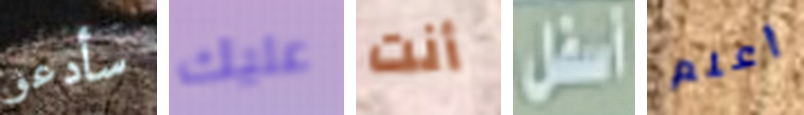
سأدعو عليك أنت أسفل أعلم